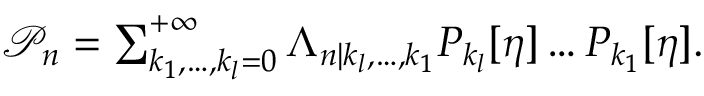
\begin{array} { r } { \mathcal { P } _ { n } = \sum _ { k _ { 1 } , \ldots , k _ { l } = 0 } ^ { + \infty } \Lambda _ { n | k _ { l } , \ldots , k _ { 1 } } P _ { k _ { l } } [ \eta ] \ldots P _ { k _ { 1 } } [ \eta ] . } \end{array}